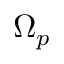
\Omega _ { p }